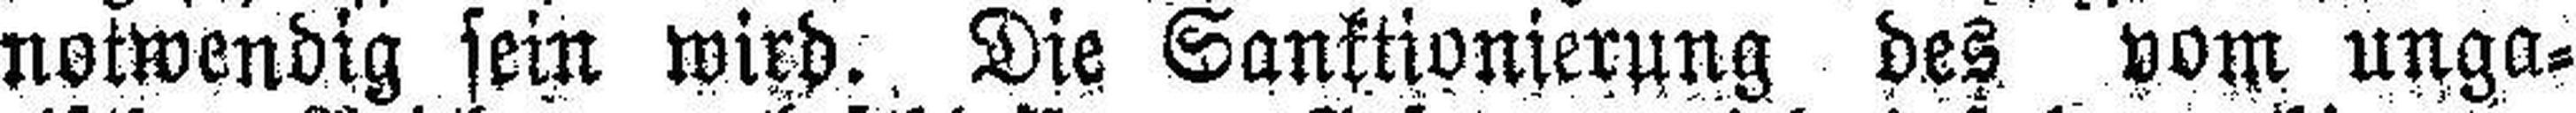
notwendig sein wich. Die Sanktionierung des vom unga¬